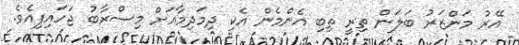
އޭރު މަންޒަރު ބަލަން ތިރީ ތިބި އެންމެން އެކި ދިމަދިމާއަށް މިސްރާބު ޖަހައިފިއެވެ.